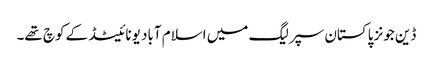
ڈین جونز پاکستان سپر لیگ میں اسلام آباد یونائیٹڈ کے کوچ تھے۔